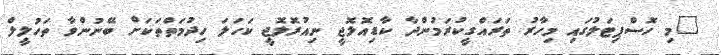
"މި ހޮސްޕިޓަލުގައި މިހާރު ތަރައްގީކުރަމުންދާ ކާޑިއޮލޮޖީ ނިއުރޮލޮޖީ ކަހަލަ ހިދުމަތްތަކަށް ބޭނުންވާ ތަހުލީލް